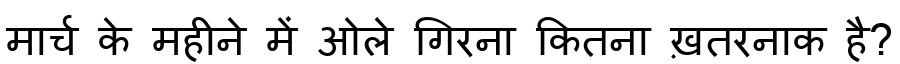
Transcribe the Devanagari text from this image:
मार्च के महीने में ओले गिरना कितना ख़तरनाक है?